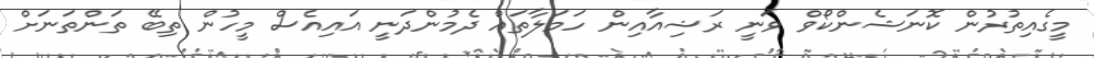
މީގެއިތުރުން ކޮނަޝެންކޯވް ވަނީ ރަޝިއާއިން ހަމަލާތައް ދެމުންދަނީ އައިއެސް މީހުން ތިބޭ ތަންތަނަށް